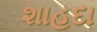
શાહદા